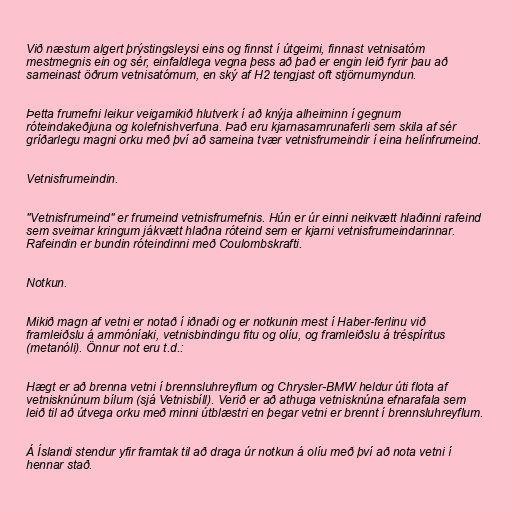
Við næstum algert þrýstingsleysi eins og finnst í útgeimi, finnast vetnisatóm
mestmegnis ein og sér, einfaldlega vegna þess að það er engin leið fyrir þau að
sameinast öðrum vetnisatómum, en ský af H2 tengjast oft stjörnumyndun.

Þetta frumefni leikur veigamikið hlutverk í að knýja alheiminn í gegnum
róteindakeðjuna og kolefnishverfuna. Það eru kjarnasamrunaferli sem skila af sér
gríðarlegu magni orku með því að sameina tvær vetnisfrumeindir í eina helínfrumeind.

Vetnisfrumeindin.

"Vetnisfrumeind" er frumeind vetnisfrumefnis. Hún er úr einni neikvætt hlaðinni rafeind
sem sveimar kringum jákvætt hlaðna róteind sem er kjarni vetnisfrumeindarinnar.
Rafeindin er bundin róteindinni með Coulombskrafti.

Notkun.

Mikið magn af vetni er notað í iðnaði og er notkunin mest í Haber-ferlinu við
framleiðslu á ammóníaki, vetnisbindingu fitu og olíu, og framleiðslu á tréspíritus
(metanóli). Önnur not eru t.d.:

Hægt er að brenna vetni í brennsluhreyflum og Chrysler-BMW heldur úti flota af
vetnisknúnum bílum (sjá Vetnisbíll). Verið er að athuga vetnisknúna efnarafala sem
leið til að útvega orku með minni útblæstri en þegar vetni er brennt í brennsluhreyflum.

Á Íslandi stendur yfir framtak til að draga úr notkun á olíu með því að nota vetni í
hennar stað.